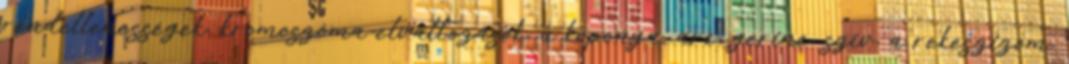
rendellenességek, kromoszóma-elváltozások, a koponya, arc, gerinc, szív, a rekeszizom,